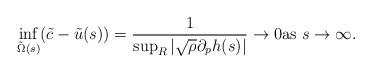
LaTeX: \begin{align*} \inf_{\tilde{\Omega}(s)}(\tilde{c}-\tilde{u}(s))=\dfrac{1}{\sup_{R}|\sqrt{\rho}\partial_p h(s)|} \rightarrow{0} \textrm{as } s\to \infty.\end{align*}